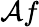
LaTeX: \mathcal{A}f